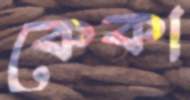
কেকা